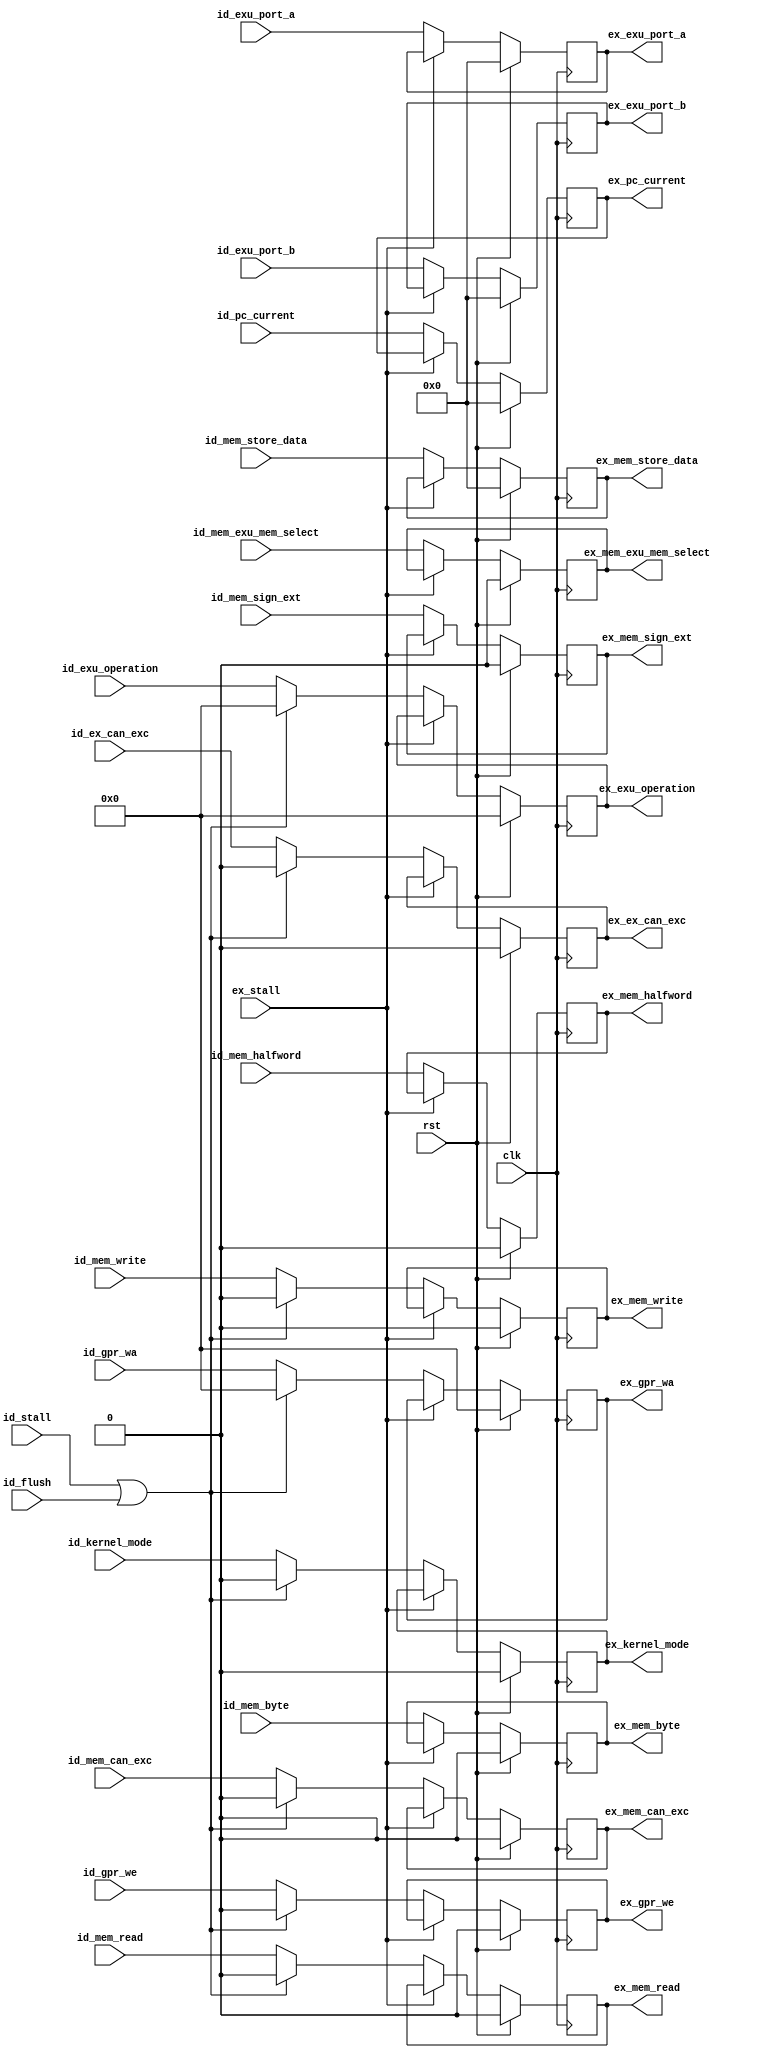
module ada_idex_stage(
    input               clk,                    // Main clock
    input               rst,                    // Main reset
    input       [4:0]   id_exu_operation,       // ALU operation from ID stage
    input       [31:0]  id_exu_port_a,          // Data A
    input       [31:0]  id_exu_port_b,          // Data B
    input       [31:0]  id_mem_store_data,      // Data to Memory
    input               id_mem_write,           // Mem write operation
    input               id_mem_read,            // Mem read operation
    input               id_mem_byte,            // byte operation
    input               id_mem_halfword,        // halfword operation
    input               id_mem_sign_ext,        // Sign/Zero extend data from memory
    input               id_mem_exu_mem_select,  // Select data from EX or MEM
    input       [4:0]   id_gpr_wa,              // GPR write address
    input               id_gpr_we,              // GPR write enable
    input               id_kernel_mode,         // kernel mode in the moment of instruction decode
    //input               id_is_ds ,              // this instruction is a BDS/LDS
    input       [31:0]  id_pc_current,          // instruction's PC
    input               id_ex_can_exc,          // EX instruction can generate an exception
    input               id_mem_can_exc,         // MEM instruction can generate an exception
    input               id_flush,               // Flush ID stage
    input               id_stall,               // Stall ID stage
    input               ex_stall,               // Stall EX stage
    output  reg [4:0]   ex_exu_operation,       // ALU operation to EX stage
    output  reg [31:0]  ex_exu_port_a,          // Data A
    output  reg [31:0]  ex_exu_port_b,          // Data B
    output  reg [31:0]  ex_mem_store_data,      // Data to memory
    output  reg         ex_mem_write,           // Mem write operation
    output  reg         ex_mem_read,            // Mem read operation
    output  reg         ex_mem_byte,            // byte operation
    output  reg         ex_mem_halfword,        // halfword operation
    output  reg         ex_mem_sign_ext,        // Sign/Zero extend data from memory
    output  reg         ex_mem_exu_mem_select,  // Select data from EX or MEM
    output  reg [4:0]   ex_gpr_wa,              // GPR write address
    output  reg         ex_gpr_we,              // GPR write enable
    output  reg         ex_kernel_mode,         // kernel mode in the moment of instruction decode
    //output  reg         ex_is_ds,               // this instruction is a BDS/LDS
    output  reg [31:0]  ex_pc_current,          // instruction's PC
    output  reg         ex_ex_can_exc,          // EX instruction can generate an exception
    output  reg         ex_mem_can_exc          // MEM instruction can generate an exception
    );

    //--------------------------------------------------------------------------
    // Propagate signals
    //--------------------------------------------------------------------------
    always @(posedge clk) begin
        ex_exu_operation      <= (rst) ? 5'b0  : ((ex_stall) ? ex_exu_operation      : ((id_stall | id_flush) ? 5'b0    : id_exu_operation));
        ex_exu_port_a         <= (rst) ? 32'b0 : ((ex_stall) ? ex_exu_port_a                                            : id_exu_port_a);
        ex_exu_port_b         <= (rst) ? 32'b0 : ((ex_stall) ? ex_exu_port_b                                            : id_exu_port_b);
        ex_mem_store_data     <= (rst) ? 32'b0 : ((ex_stall) ? ex_mem_store_data                                        : id_mem_store_data);
        ex_mem_write          <= (rst) ? 1'b0  : ((ex_stall) ? ex_mem_write          : ((id_stall | id_flush) ? 1'b0    : id_mem_write));
        ex_mem_read           <= (rst) ? 1'b0  : ((ex_stall) ? ex_mem_read           : ((id_stall | id_flush) ? 1'b0    : id_mem_read));
        ex_mem_byte           <= (rst) ? 1'b0  : ((ex_stall) ? ex_mem_byte                                              : id_mem_byte);
        ex_mem_halfword       <= (rst) ? 1'b0  : ((ex_stall) ? ex_mem_halfword                                          : id_mem_halfword);
        ex_mem_sign_ext       <= (rst) ? 1'b0  : ((ex_stall) ? ex_mem_sign_ext                                          : id_mem_sign_ext);
        ex_mem_exu_mem_select <= (rst) ? 1'b0  : ((ex_stall) ? ex_mem_exu_mem_select                                    : id_mem_exu_mem_select);
        ex_gpr_wa             <= (rst) ? 5'b0  : ((ex_stall) ? ex_gpr_wa             : ((id_stall | id_flush) ? 5'b0    : id_gpr_wa));
        ex_gpr_we             <= (rst) ? 1'b0  : ((ex_stall) ? ex_gpr_we             : ((id_stall | id_flush) ? 1'b0    : id_gpr_we));
        ex_kernel_mode        <= (rst) ? 1'b0  : ((ex_stall) ? ex_kernel_mode        : ((id_stall | id_flush) ? 1'b0    : id_kernel_mode));
        //ex_is_ds              <= (rst) ? 1'b0  : ((ex_stall) ? ex_is_ds                                                 : id_is_ds );
        ex_pc_current         <= (rst) ? 32'b0 : ((ex_stall) ? ex_pc_current                                            : id_pc_current);
        ex_ex_can_exc         <= (rst) ? 1'b0  : ((ex_stall) ? ex_ex_can_exc         : ((id_stall | id_flush) ? 1'b0    : id_ex_can_exc));
        ex_mem_can_exc        <= (rst) ? 1'b0  : ((ex_stall) ? ex_mem_can_exc        : ((id_stall | id_flush) ? 1'b0    : id_mem_can_exc));
    end
endmodule